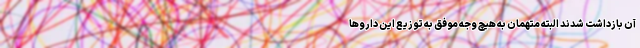
آن بازداشت شدند البته متهمان به هیچ وجه موفق به توزیع این داروها